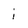
Character: i